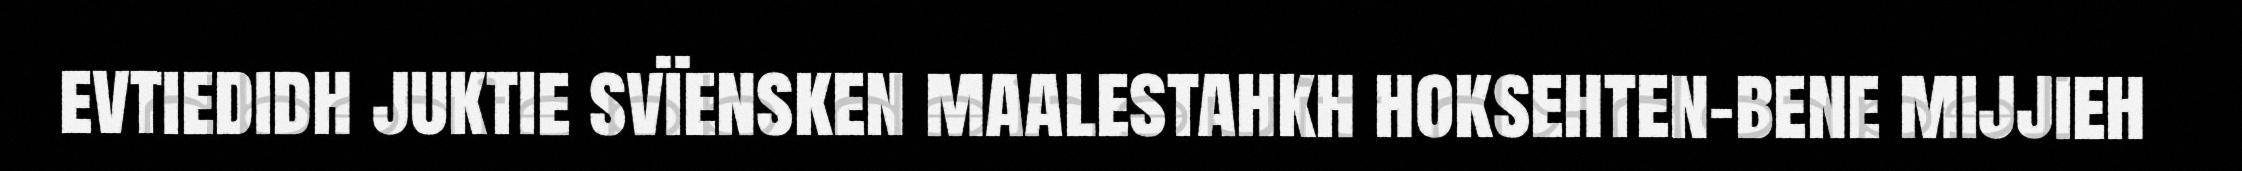
evtiedidh juktie svïensken maalestahkh hoksehten-bene mijjieh